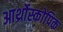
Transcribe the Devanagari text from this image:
आर्थ्रोस्कोपिक